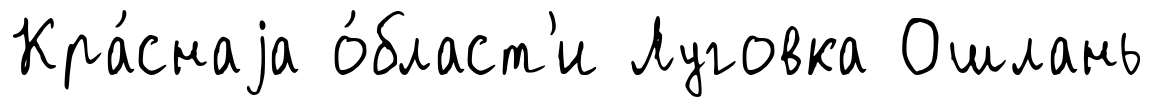
Кра́снаjа о́бласт'и Луговка Ошлань